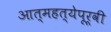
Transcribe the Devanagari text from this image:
आत्महत्येपूर्वी